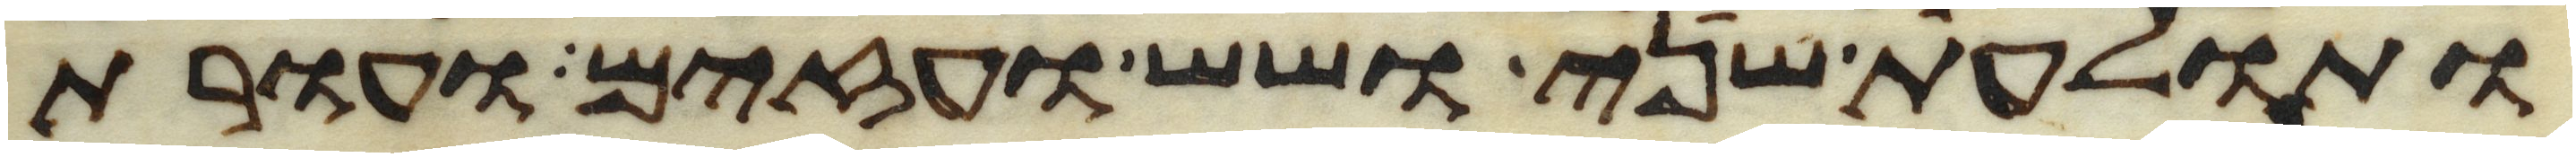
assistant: ותולעת שני ושש ועזים ועורת